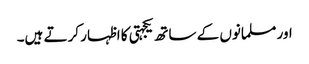
اور مسلمانوں کے ساتھ یکجہتی کا اظہار کرتے ہیں۔